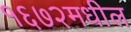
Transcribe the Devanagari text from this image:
१६७२मधील